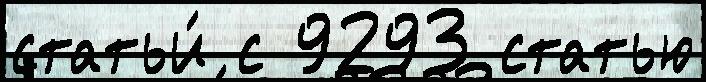
статьи́ с 9293 статью